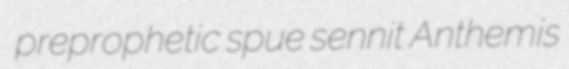
preprophetic spue sennit Anthemis